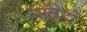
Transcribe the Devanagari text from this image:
माँतेहो